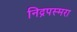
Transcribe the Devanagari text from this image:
निद्रपस्मरा